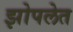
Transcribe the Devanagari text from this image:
झोपलेत